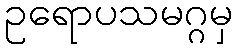
ဥရောပသမဂ္ဂမှ